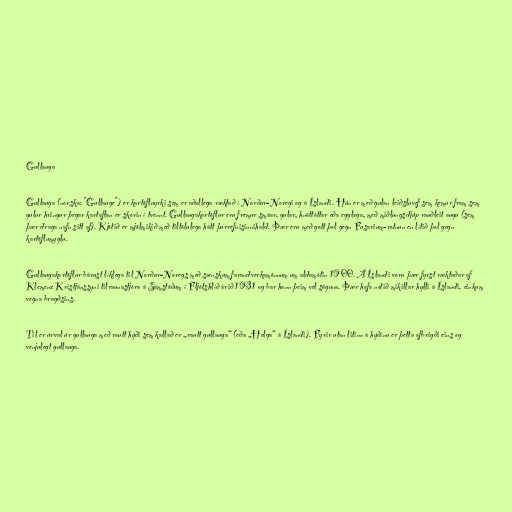
Gullauga

Gullauga (norska: "Gullauge") er kartöfluyrki sem er aðallega ræktað í Norður-Noregi og á Íslandi. Hún er með gulan leiðsluvef sem kemur fram sem
gulur hringur þegar kartaflan er skorin í tvennt. Gullaugakartöflur eru fremur smáar, gular, hnöttóttar eða egglaga, með miðlungsdjúp rauðleit augu (sem
þær draga nafn sitt af). Kjötið er mjölmikið með tiltölulega hátt þurrefnisinnihald. Þær eru með gott þol gegn Fusarium-rotnun en lítið þol gegn
kartöflumyglu.

Gullaugakartöflur bárust líklega til Norður-Noregs með sænskum farandverkamönnum um aldamótin 1900. Á Íslandi voru þær fyrst ræktaðar af
Klemenz Kristjánssyni tilraunastjóra á Sámstöðum í Fljótshlíð árið 1931 og bar hann þeim vel söguna. Þær hafa notið mikillar hylli á Íslandi, einkum
vegna bragðsins.

Til er úrval úr gullauga með rautt hýði sem kallað er „rautt gullauga“ (eða „Helga“ á Íslandi). Fyrir utan litinn á hýðinu er þetta afbrigði eins og
venjulegt gullauga.